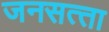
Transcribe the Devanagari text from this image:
जनसत्‍ता